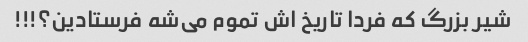
شیر بزرگ که فردا تاریخ اش تموم می‌شه فرستادین؟!!!